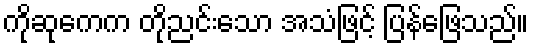
ကိုဆုကေက တိုညင်းသော အသံဖြင့် ပြန်ဖြေသည်။